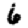
Digit: 6